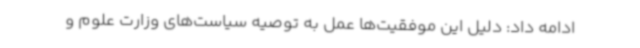
ادامه داد: دلیل این موفقیت‌ها عمل به توصیه سیاست‌های وزارت علوم و